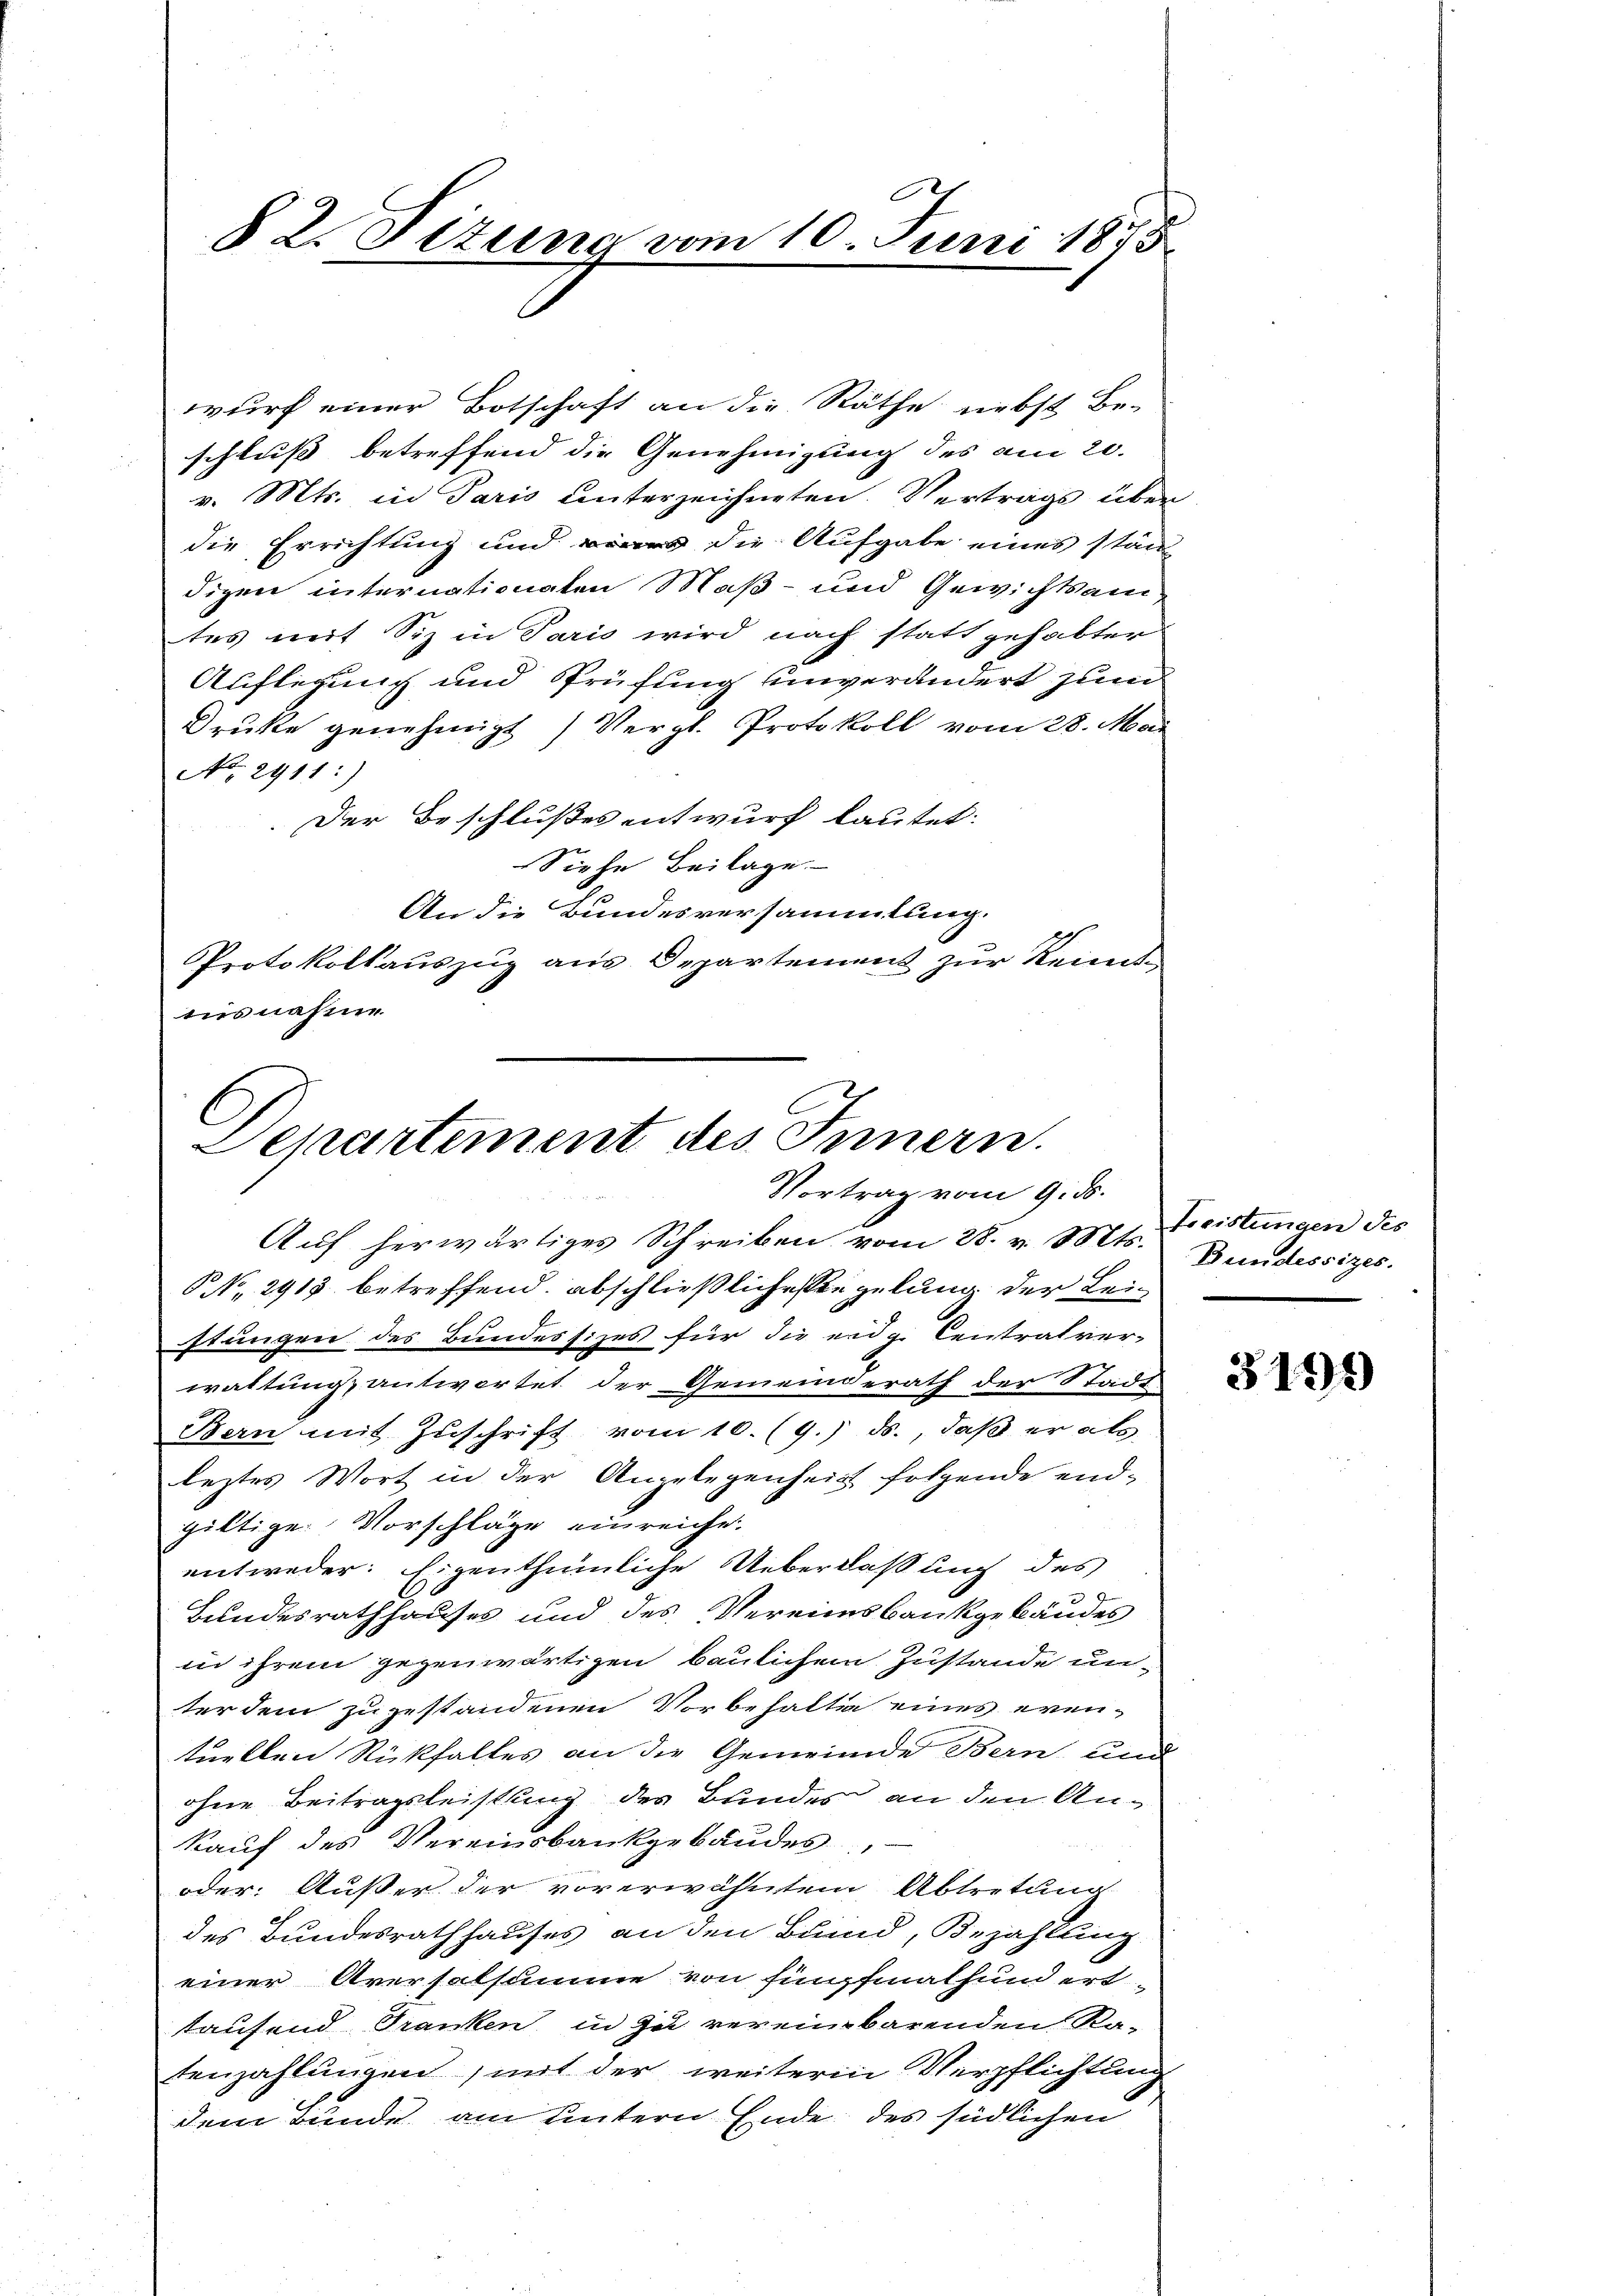
§ 2. Ottung vom 10. Juni 1855

wurf einer Botschaft an die Räthe, nebst Be-
schluss betreffend die Genehmigung des am 20.
v. Mts. in Paris unterzeichneten. Vertrags über
die Errichtung und die Aufgabe eines ständigen internationaten Maß- und Gewichtsam
tes mit Siz in Paris wird nach statt gehabter
Auflegung und Prüfung unverändert zum
Druke genehmigt (Vergl. Protokoll vom 28. Mai
No. 2911:)
Der Beschlußes entwurf lautet:
Siehe Beilage.
An die Bundesversammlung.
Protokollauszug aus Departement zur Reinit
ausnahme

Departement des Innern.
Vortrag vom 9. ds.

Auf herwärtiges Schreiben vom 28. v. Mts. Bundessizes.
NNo. 2918 betreffend. abschließliche Siegelung der Leistungen des Bundessizes für die eidg. Centralver-
waltung antwortet der Gemeinderath der Stadt
Bern mit Zŭschrift vom 10. (9. ds., daß er als
leztes Wort in der Angelegenheit folgende endgültige Vorschläge einreiche.
entweder. Eigenthümliche Ueberlaß auch des
Bundesrathhauses und des Vereinsbankgebäudes
in ihrem gegenwärtigen baulichem Zustande unter dem zugestandenen Vorbehalte eines even-
tuellen Rückfalles an die Gemeinde Bern und
ohne Beitragsleistung des Bundes an den Ankauf des Vereinsbankgebäudes,
oder Außer der vorerwähntem Abtretung
des Bundesrath hauses an den Bund, Bezahlung
einer Aversalsumme von Einpfathunderttaufend Franken, in zu vereinbarenden Ratenzahlungen, mit der weitere Verpflichtung
dem Bunde am untern Ende des südlichen

Foristungen des

3199